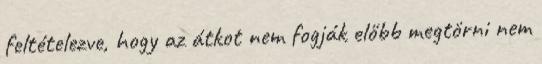
feltételezve, hogy az átkot nem fogják előbb megtörni nem